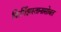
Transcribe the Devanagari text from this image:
किर्गिझस्तानासोबत